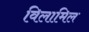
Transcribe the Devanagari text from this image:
विलामिल